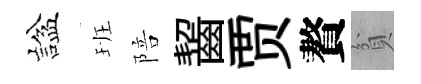
諡班陪齧贾贅貧